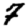
Digit: 7